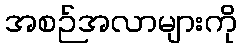
အစဉ်အလာများကို